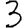
Digit: 3